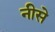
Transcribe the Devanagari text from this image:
नीसे